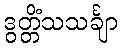
ဒွတ္တိံသသင်္ချာ